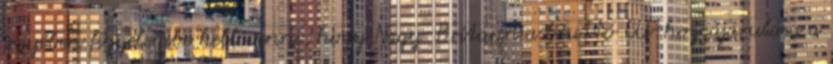
jegyében figyelembe kell venni, hogy Nagy-Britannia bruttó EU-hozzájárulása a